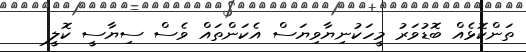
ތަންކޮޅެއް ބޮޑުވަރު މީހަކުނިޔާވިޔަސް އެކަންތައް ވެސް ސިޔާސީ ކޮލީ